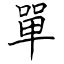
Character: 單